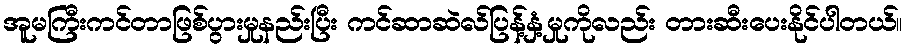
အူမကြီးကင်တာဖြစ်ပွားမှုနည်းပြီး ကင်ဆာဆဲလ်ပြန့်နှံ့မှုကိုလည်း တားဆီးပေးနိုင်ပါတယ်။